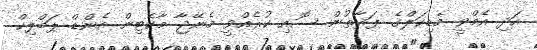
އަދި އެމްވީ މެޑިކަލްގެ ފަރާތުން ސޮއި ކުރެއްވީ މެނޭޖާ މާކެޓިން އެންޑް ޕަބްލިކް